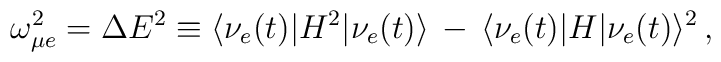
\omega^2_{\mu e} = \Delta E^2 \equiv \langle\nu_{e}(t)|H^2|\nu_{e}(t)\rangle  \, -\, \langle\nu_{e}(t)|H |\nu_{e}(t)\rangle^2  \, ,